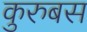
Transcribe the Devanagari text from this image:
कुरुबस